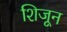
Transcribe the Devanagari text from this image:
शिजून